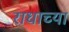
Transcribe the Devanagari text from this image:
राधाच्या